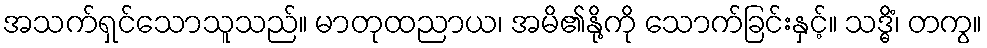
အသက်ရှင်သောသူသည်။ မာတုထညာယ၊ အမိ၏နို့ကို သောက်ခြင်းနှင့်။ သဒ္ဓိံ၊ တကွ။